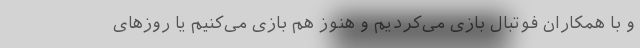
و با همکاران فوتبال بازی می‌کردیم و هنوز هم بازی می‌کنیم یا روزهای